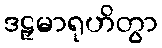
ဒဠှမာရုဟိတွာ